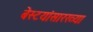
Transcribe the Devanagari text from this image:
बेस्टयांसारख्या